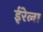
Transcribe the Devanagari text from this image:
ईरेला